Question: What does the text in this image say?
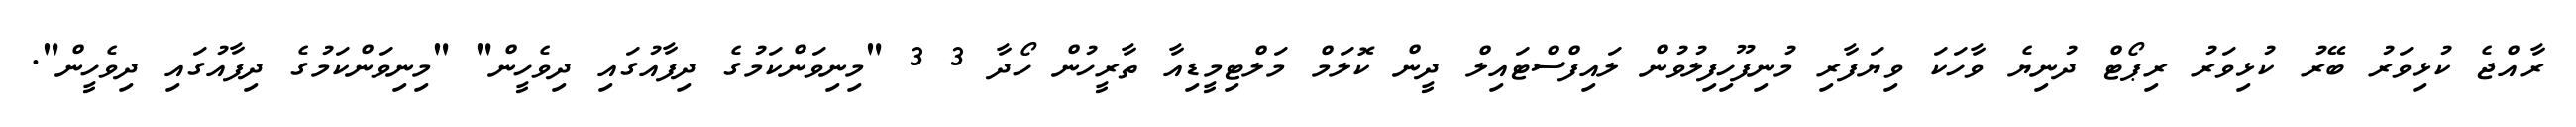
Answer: ރާއްޖެ ކުޅިވަރު ބޭރު ކުޅިވަރު ރިޕޯޓް ދުނިޔެ ވާހަކަ ވިޔަފާރި މުނިފޫހިފިލުވުން ލައިފްސްޓައިލް ދީން ކޮލަމް މަލްޓިމީޑިއާ ތާރީހުން ހޯދާ 3 3 "މިނިވަންކަމުގެ ދިފާއުގައި ދިވެހީން" "މިނިވަންކަމުގެ ދިފާއުގައި ދިވެހީން".